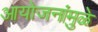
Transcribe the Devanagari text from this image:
आयोजनांमुळे